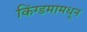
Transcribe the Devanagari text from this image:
किंग्डमामधून